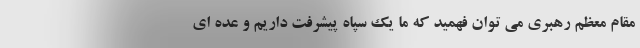
مقام معظم رهبری می توان فهمید که ما یک سپاه پیشرفت داریم و عده ای